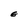
Character: E